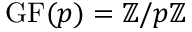
\operatorname { G F } ( p ) = \mathbb { Z } / p \mathbb { Z }